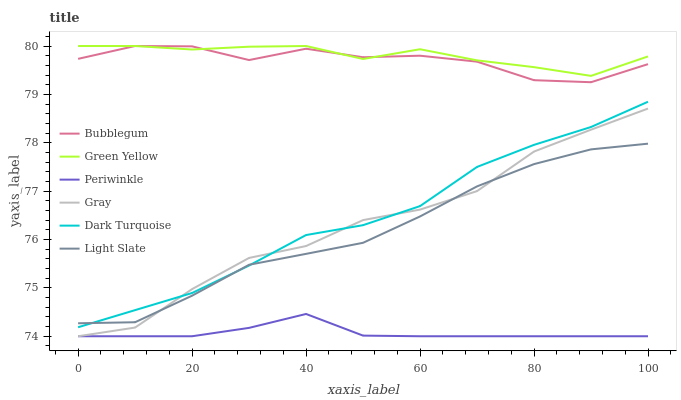
| xaxis_label | Bubblegum | Green Yellow | Periwinkle | Gray | Dark Turquoise | Light Slate |
 | --- | --- | --- | --- | --- | --- | --- |
 | 0 | 79.7 | 80 | 74 | 74 | 74.2 | 74.3 |
 | 10 | 80 | 80 | 74 | 74.2 | 74.5 | 74.3 |
 | 20 | 80 | 79.9 | 74 | 75 | 74.9 | 74.8 |
 | 30 | 79.7 | 80 | 74.2 | 75.6 | 75.5 | 75.5 |
 | 40 | 79.9 | 80 | 74.5 | 75.9 | 76.1 | 75.7 |
 | 50 | 79.8 | 79.7 | 74 | 76.4 | 76.3 | 75.9 |
 | 60 | 79.8 | 79.9 | 74 | 76.6 | 76.7 | 76.5 |
 | 70 | 79.7 | 79.7 | 74 | 77 | 77.5 | 77.1 |
 | 80 | 79.3 | 79.6 | 74 | 77.8 | 78 | 77.6 |
 | 90 | 79.3 | 79.4 | 74 | 78.3 | 78.3 | 77.9 |
 | 100 | 79.6 | 79.8 | 74 | 78.7 | 78.8 | 78 |